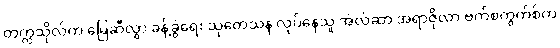
တက္ကသိုလ်က မြေဆီလွှာ ခန့်ခွဲရေး သုတေသန လုပ်နေသူ အဲလ်ဆာ အရာဇိုလာ ဗက်စကွက်စ်က